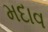
મદાવ